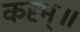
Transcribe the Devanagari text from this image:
करम्॥